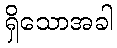
ရှိသောအခါ